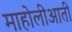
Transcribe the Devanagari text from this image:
माहोलीआती